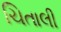
ચિતાલી